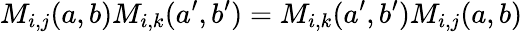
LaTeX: M_{i,j}(a,b)M_{i,k}(a^{\prime},b^{\prime})=M_{i,k}(a^{\prime},b^{\prime})M_{i,j}(a,b)